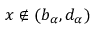
x \not \in ( b _ { \alpha } , d _ { \alpha } )